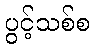
ပွင့်သစ်စ